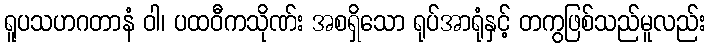
ရူပသဟဂတာနံ ဝါ၊ ပထဝီကသိုဏ်း အစရှိသော ရုပ်အာရုံနှင့် တကွဖြစ်သည်မူလည်း